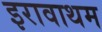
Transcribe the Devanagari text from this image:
इरावाथम